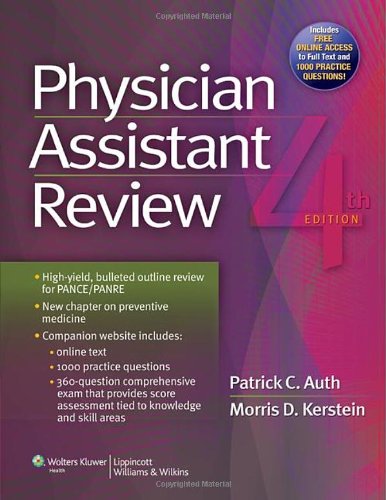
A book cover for Physician Assistant Review; Patrick C. Auth MS  PA-C; Medical Books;